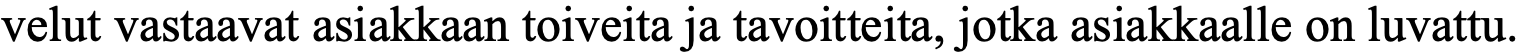
velut vastaavat asiakkaan toiveita ja tavoitteita, jotka asiakkaalle on luvattu.